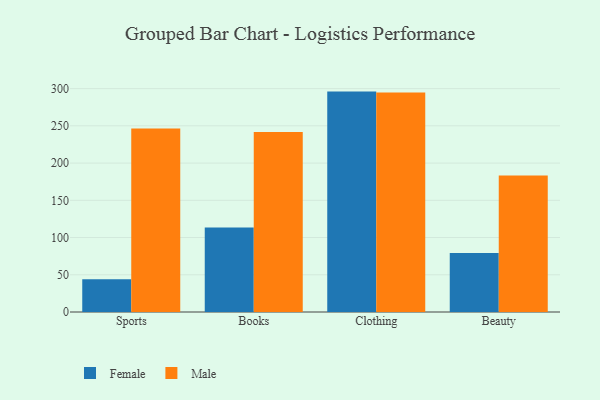
{"axis": {"x": "Category", "y": "Customer Acquisition Cost (USD)"}, "legend": ["Female", "Male"], "data": [{"x": "Sports", "y": 44.1, "type": "Female"}, {"x": "Sports", "y": 246.3, "type": "Male"}, {"x": "Books", "y": 113.5, "type": "Female"}, {"x": "Books", "y": 241.6, "type": "Male"}, {"x": "Clothing", "y": 296.0, "type": "Female"}, {"x": "Clothing", "y": 294.9, "type": "Male"}, {"x": "Beauty", "y": 79.4, "type": "Female"}, {"x": "Beauty", "y": 183.4, "type": "Male"}]}